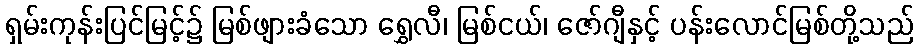
ရှမ်းကုန်းပြင်မြင့်၌ မြစ်ဖျားခံသော ရွှေလီ၊ မြစ်ငယ်၊ ဇော်ဂျီနှင့် ပန်းလောင်မြစ်တို့သည်